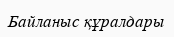
Байланыс құралдары